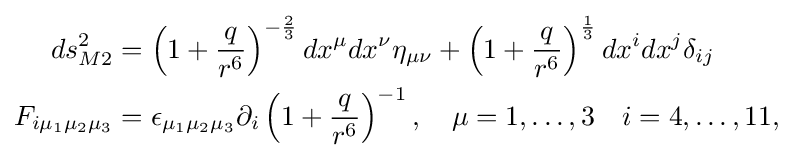
{\begin{aligned}ds_{M2}^{2}&=\left(1+{\frac {q}{r^{6}}}\right)^{-{\frac {2}{3}}}dx^{\mu }dx^{\nu }\eta _{\mu \nu }+\left(1+{\frac {q}{r^{6}}}\right)^{\frac {1}{3}}dx^{i}dx^{j}\delta _{ij}\\F_{i\mu _{1}\mu _{2}\mu _{3}}&=\epsilon _{\mu _{1}\mu _{2}\mu _{3}}\partial _{i}\left(1+{\frac {q}{r^{6}}}\right)^{-1},\quad \mu =1,\ldots ,3\quad i=4,\ldots ,11,\end{aligned}}